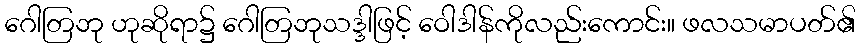
ဂေါတြဘု ဟုဆိုရာ၌ ဂေါတြဘုသဒ္ဒါဖြင့် ဝေါဒါန်ကိုလည်းကောင်း။ ဖလသမာပတ်၏